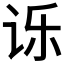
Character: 𮷇